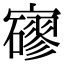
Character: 𡫱